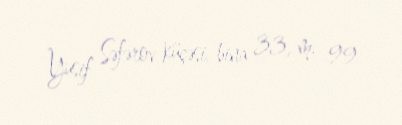
Yusif Səfərov küçəsi, bina 33, m. 99